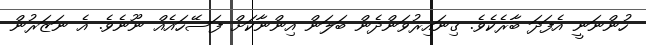
ހުންނަނީ އެފަދަ ބާރެކެވެ. ގިނައިރުވަންދެން ބަލަން އިންނާކަށް ފަސޭހައެއް ނޫނެވެ. އެ ނަޒަރުން